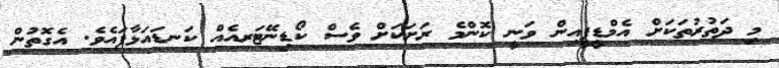
މި ދަތުރުތަކަށް އެމްޑީޕީއިން ވަނީ ކޮންމެ ރަށަކަށް ވެސް ކޯޑިނޭޓަރއެއް ކަނޑައަޅާފައެވެ. އެގޮތުން